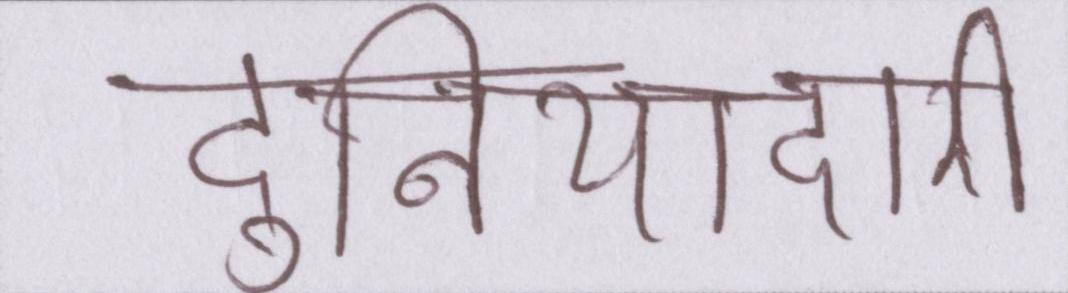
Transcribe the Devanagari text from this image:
दुनियादारी